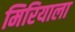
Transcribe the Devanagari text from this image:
मिरियाला